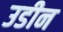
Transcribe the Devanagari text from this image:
उडीन